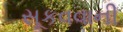
સૂકવવાની